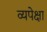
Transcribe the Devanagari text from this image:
व्यपेक्षा